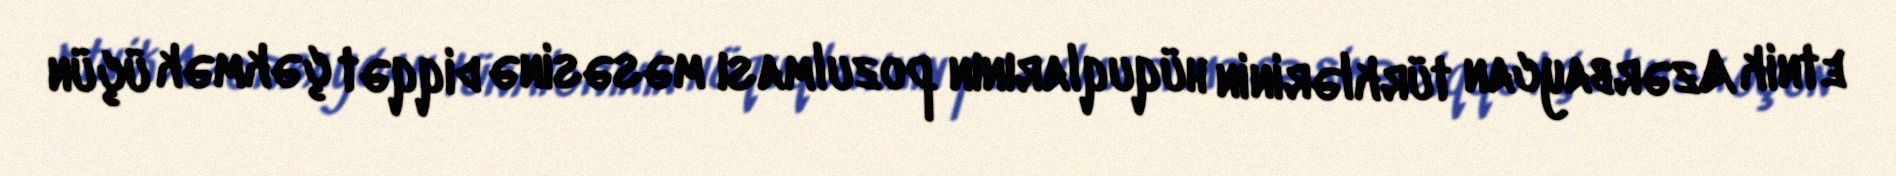
etnik Azərbaycan türklərinin hüquqlarının pozulması məsəsinə diqqət çəkmək üçün